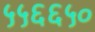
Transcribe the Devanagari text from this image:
५५६६५०